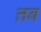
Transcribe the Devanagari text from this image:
त्तब